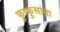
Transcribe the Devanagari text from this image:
फुप्फुसांना